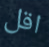
اقل